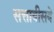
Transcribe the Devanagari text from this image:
सत्तावीसवे